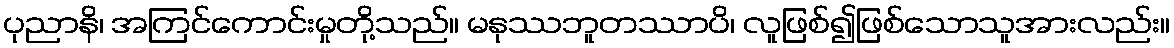
ပုညာနိ၊ အကြင်ကောင်းမှုတို့သည်။ မနုဿဘူတဿာပိ၊ လူဖြစ်၍ဖြစ်သောသူအားလည်း။